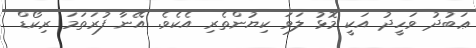
ޢަބުދު ވަހީދު އަކީ މޮޅު ލަވަ ކިޔުންތެރި އެކެވެ. އޭނާ ފުރަތަމަ ރިކޯޑް